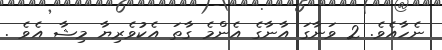
ނެހާއެވެ. 2 ވަނާގަ އާނާގެ އެންމެ ގާތަ އެކުވެރިޔާ މިޝާ އެވެ .